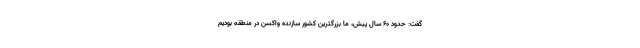
گفت: حدود 60 سال پیش، ما بزرگترین کشور سازنده واکسن در منطقه بودیم